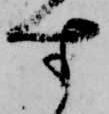
す